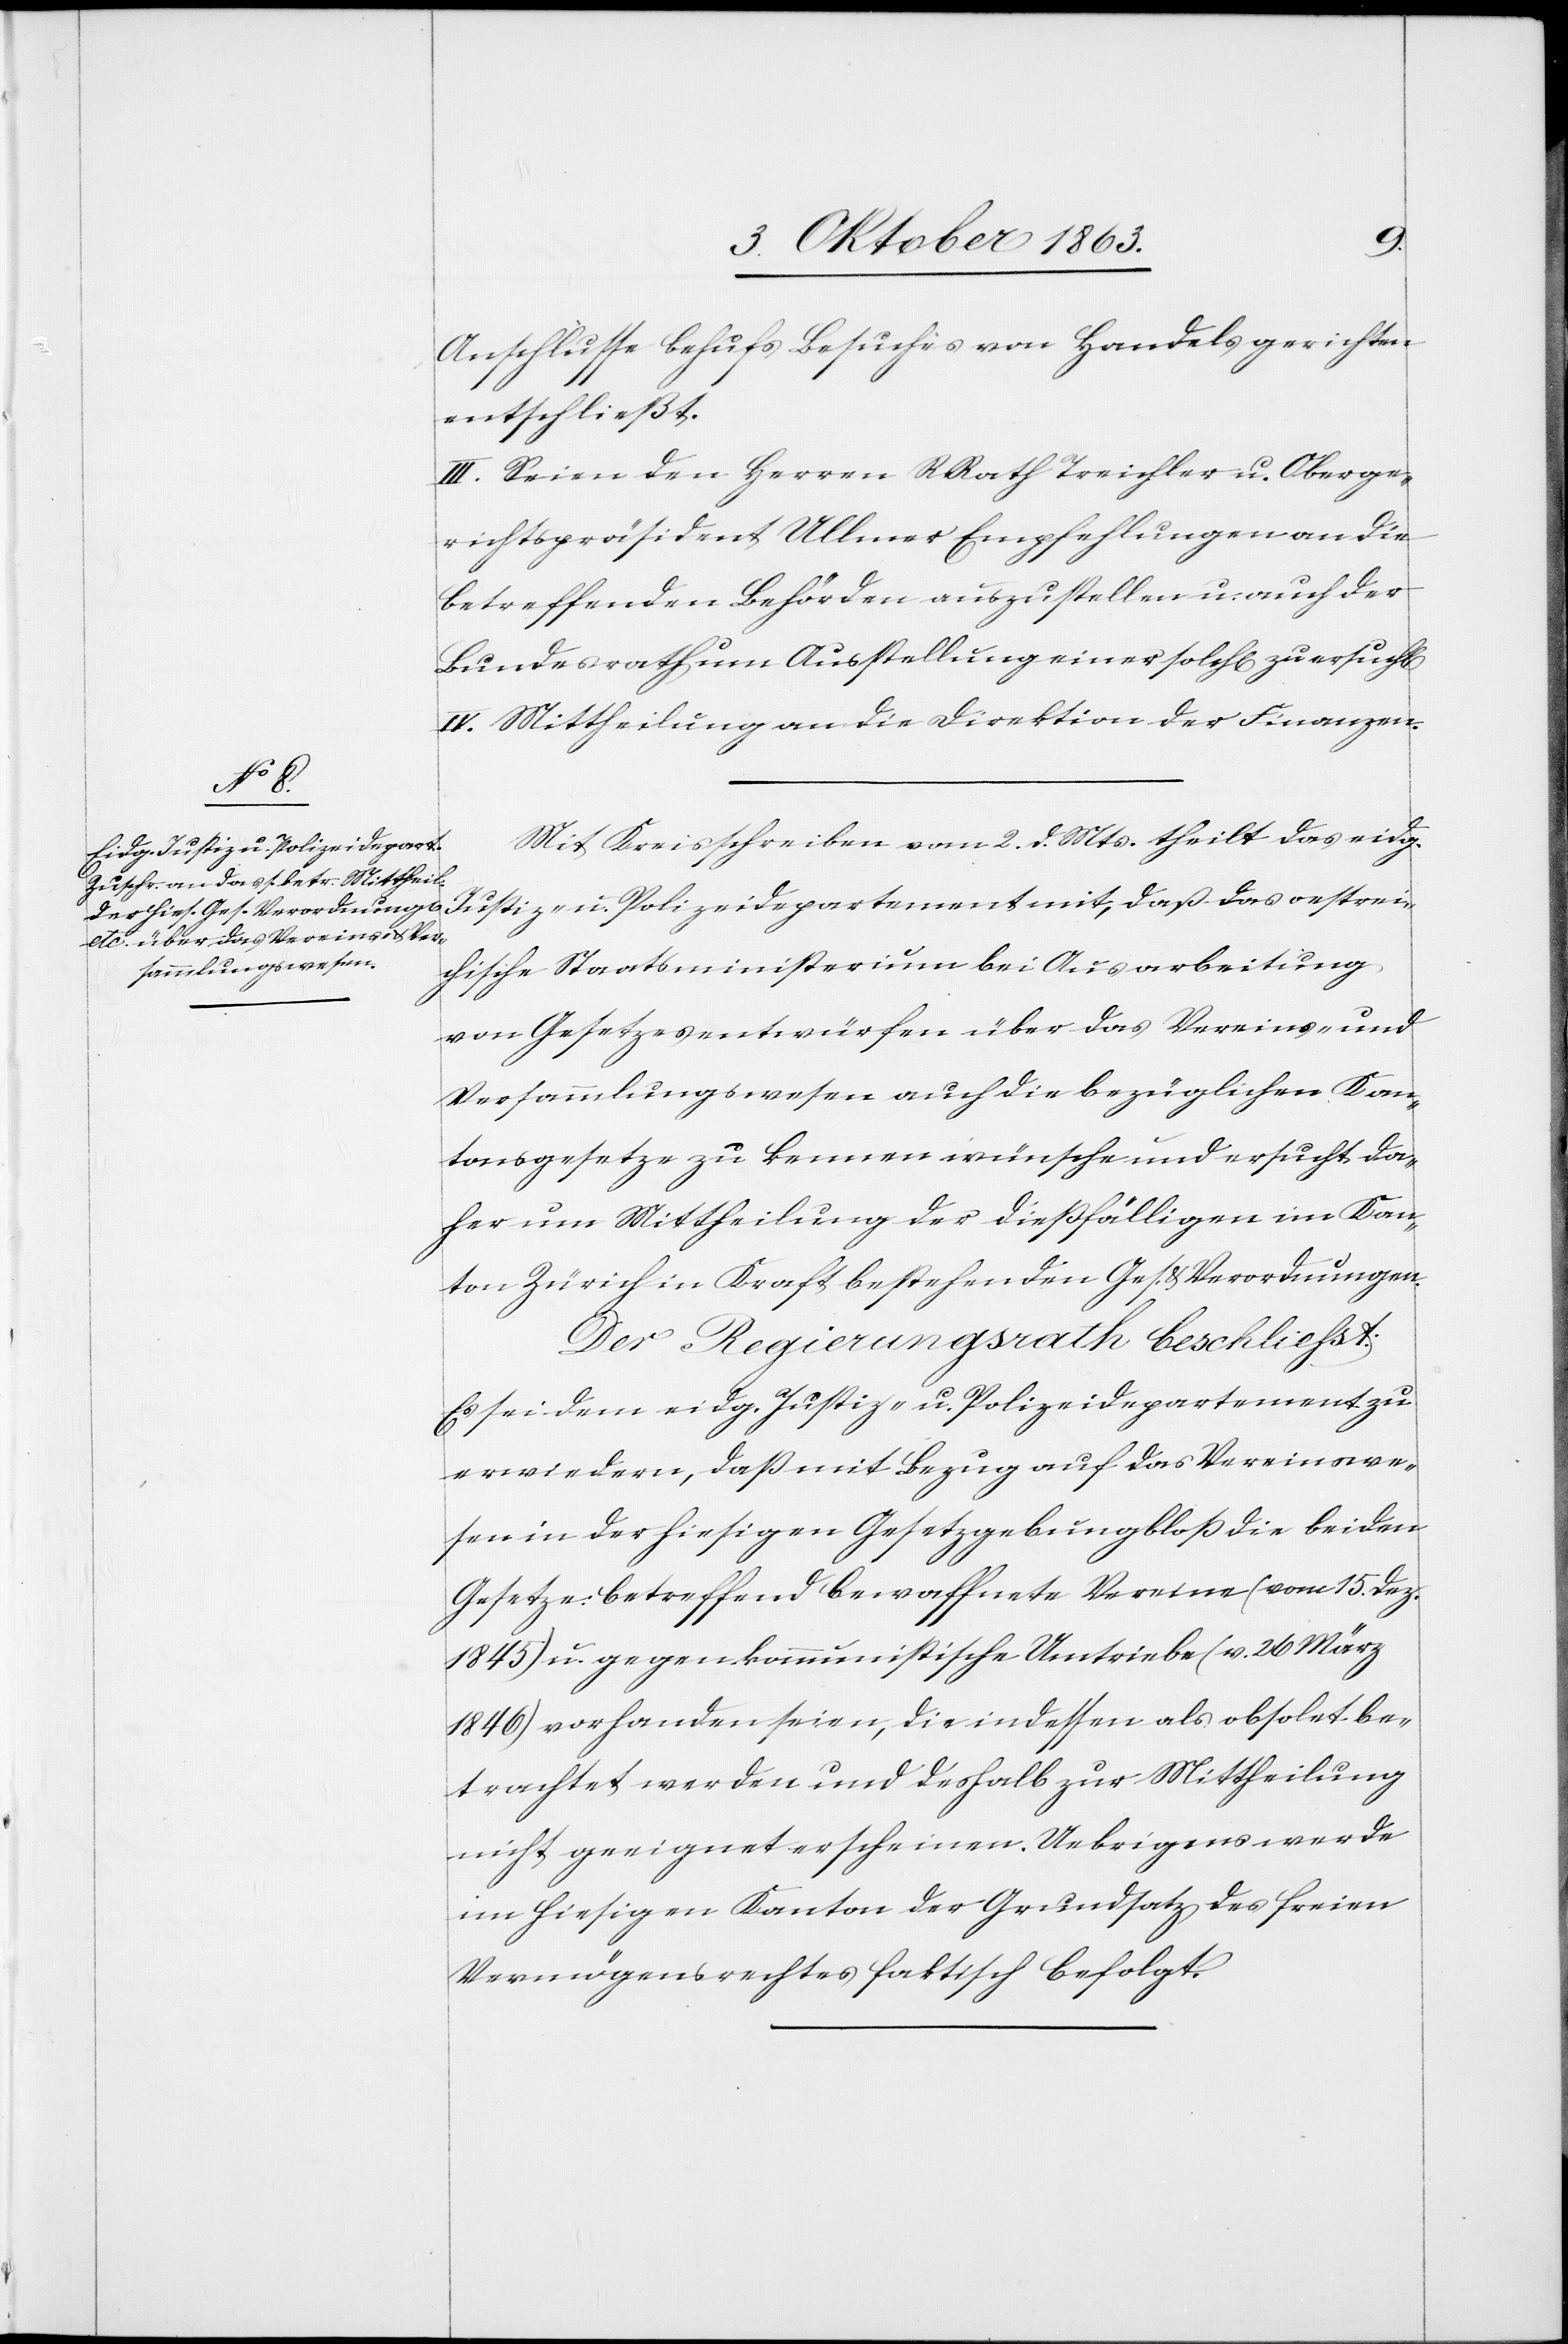
Anschlusse behufs Besuches von Handelsgerichten
entschließt.
III. Seien den Herren RRath Treichler u. Oberge¬
richtspräsident Ullmer Empfehlungen an die
betreffenden Behörden auszustellen u. auch der
Bundesrath um Ausstellung einer solch[en] zu ersuch[en]
IV. Mittheilung an die Direktion der Finanzen.
oestreic¬
Mit Kreisschreiben vom 2. d. Mts. theilt das eidg.
Justiz- u. Polizeidepart¬
hische Staatsministerium bei Ausarbeitung
von Gesetzesentwürfen über das Vereins- und
Versammlungswesen auch die bezüglichen Kan¬
tonsgesetze zu kennen wünsche und ersucht da¬
her um Mittheilung der dießfälligen im Kan¬
ton Zürich in Kraft bestehenden Ges. & Verordnungen.
Der Regierungsrath beschliesst:
Es sei dem eidg. Justiz- u. Polizeidepartement zu
erwiedern, daß mit Bezug auf das Vereinswe¬
sen in der hiesigen Gesetzgebung bloß die beiden
Gesetze betreffend bewaffnete Vereine (vom 15. Dez.
1845) u. gegen kommunistische Umtriebe (v. 26 März
1846) vorhanden seien, die indessen als obsolet be¬
trachtet werden und deshalb zur Mittheilung
nicht geeignet erscheinen. Uebrigens werde
im hiesigen Kanton der Grundsatz des freien
Vermögensrechtes faktisch befolgt.